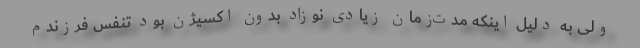
ولی به دلیل اینکه مدت‌زمان زیادی نوزاد بدون اکسیژن بود تنفس فرزندم